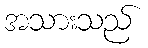
အသားသည်